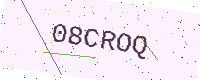
Text: 08CROQ